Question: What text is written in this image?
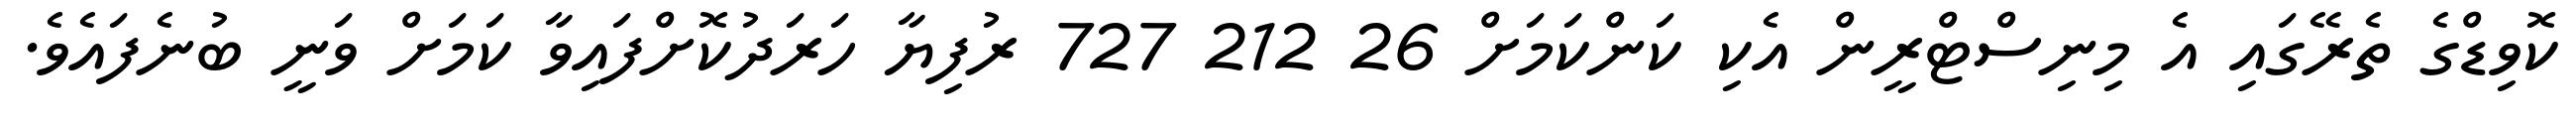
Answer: ކޮވިޑްގެ ތެރޭގައި އެ މިނިސްޓްރީން އެކި ކަންކަމަށް 26 212 727 ރުފިޔާ ހަރަދުކޮށްފައިވާ ކަމަށް ވަނީ ބުނެފައެވެ.